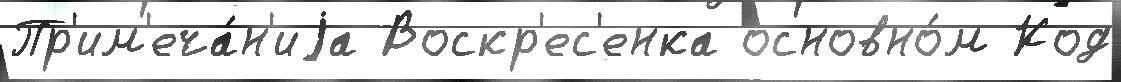
Пр'им'еча́н'иjа Воскр'ес'енка основно́м Код